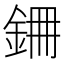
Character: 𮡱